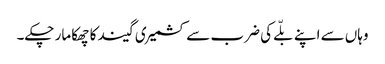
وہاں سے اپنے بلّے کی ضرب سے کشمیری گیند کا چھکا مار چکے۔